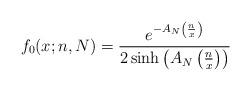
LaTeX: \begin{align*}f_{0}(x;n,N)=\frac{e^{-A_{N}\left(\frac{n}{x}\right)}}{2\sinh\left(A_{N}\left(\frac{n}{x}\right)\right)}\end{align*}